Sanitation, dispensaries and jails vaccination Rajputana 1922-1927 - 1922-1927
Year: 1922
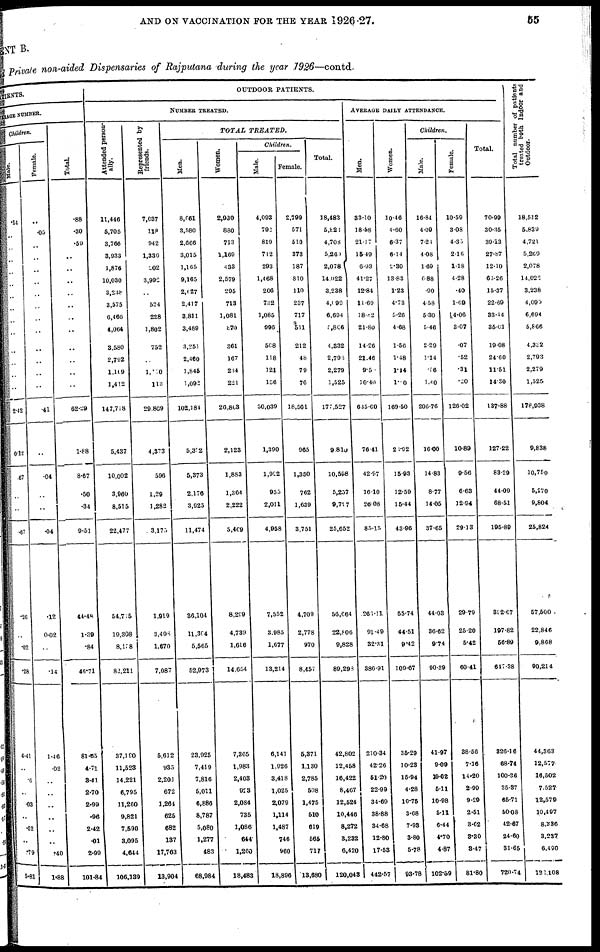
AND ON VACCINATION FOR THE YEAR 1926-27.
55
MENT B
and private non-aided Dispensaries of Rajputana during the year 1926—contd.
PATIENTS.
AVERAGE NUMBER.
Children.
Male.
.14
..
..
..
..
..
..
..
..
..
..
..
..
2.12
0.12
.67
..
..
.67
.26
..
.02
.28
4.41
..
.6
..
.03
..
.52
..
.79
5.81
Female.
..
.05
..
..
..
..
..
..
..
..
..
..
..
..
.41
..
.04
..
..
.04
.12
0.02
..
.14
1.46
.02
..
..
..
..
..
..
.40
1.88
Total.
.88
.30
.59
..
..
..
..
..
..
..
..
..
..
..
62.29
1.88
8.67
.50
.34
9.51
44.48
1.39
.84
40.71
81.05
4.71
3.41
2.70
2.99
.96
2.42
.01
2.99
101.84
OUTDOOR PATIENTS.
NUMBER TREATED.
Attended person-
ally.
11,446
5,705
3,766
3,933
1,876
10,030
3,238
3,575
6,466
4,064
3,580
2,792
1,169
1,412
147,718
5,437
10,002
3,960
8,515
22,477
54,755
19,308
8,158
82,211
37,190
11,523
14,221
6,795
11,260
9,821
7,590
3,095
4,644
106,139
Represented by
friends.
7,037
118
942
1,336
502
3,992
..
524
228
1,802
752
..
1,110
113
29,869
4,373
596
1,29
1,282
3,173
1,919
3,498
1,670
7,087
5,612
935
2,201
672
1,264
625
682
137
17,763
13,904
TOTAL
TREATED.
Men.
8,061
3,580
2,666
3,015
1,165
9,165
2,627
2,417
3,811
3,489
3,251
2,460
1,845
1,092
102,184
5,322
5,373
2,176
3,925
11,474
36,104
11,304
5,565
52,973
23,925
7,419
7,816
5,011
6,886
8,787
5,080
1,277
483
68,984
Women.
2,930
880
713
1,169
4,33
2,579
295
713
1,081
870
361
167
234
221
20,803
2,123
1,883
1,364
2,222
5,409
8,299
4,739
1,616
14,654
7,365
1,983
2,403
923
2,084
735
1,086
644
1,260
18,483
Children.
Male.
4,093
792
819
712
293
1,468
206
732
1,085
996
508
118
121
136
30,039
1,390
1,992
955
2,011
4,958
7,552
3,985
1,677
13,214
6,141
1,926
3,418
1,025
2,079
1,114
1,487
746
960
18,896
Female.
2,799
571
510
373
187
810
110
237
717
511
212
48
79
76
18,501
965
1,350
762
1,639
3,751
4,709
2,778
970
8,457
5,371
1,130
2,785
508
1,475
510
619
565
717
13,680
Total.
18,483
5,823
4,703
5,260
2,078
14,022
3,238
4,090
6,694
5,866
4,332
2,793
2,279
1,525
177,527
9,810
10,598
5,257
9,797
25,652
56,664
22,806
9,828
89,298
42,802
12,458
16,422
8,407
12,624
10,446
8,272
3,232
6,420
120,043
AVERAGE DAILY ATTENDANCE.
Men.
33.10
18.58
21.17
15.49
6.03
41.27
12.84
11.69
18.82
21.80
14.26
21.46
9.50
10.40
635.60
76.41
42.97
16.10
26.08
85.15
263.11
91.49
32.31
386.91
210.34
42.26
51.20
22.99
34.69
38.88
34.68
12.80
17.53
442.57
Women.
10.46
4.60
6.37
6.14
2.30
13.83
1.23
4.73
5.26
4.68
1.56
1.48
1.14
1.10
160.50
20.92
15.93
12.59
15.44
43.96
55.74
44.51
9.42
109.67
35.29
10.28
15.94
4.28
10.75
3.68
7.98
3.80
5.78
93.78
Children.
Male.
16.84
4.09
7.24
4.08
1.69
6.88
.90
4.58
5.30
5.46
2.29
1.14
.56
1.40
206.76
16.00
14.83
8.77
14.05
37.65
44.03
36.62
9.74
90.39
41.97
9.09
19.02
5.11
10.98
5.11
6.44
4.70
4.87
102.59
Female.
10.59
3.08
4.35
2.16
1.18
4.28
.40
1.69
14.06
3.07
.07
.52
.31
.20
126.02
10.89
9.56
6.63
12.94
29.13
29.79
25.20
5.42
60.41
38.56
7.16
14.20
2.99
9.29
2.51
3.62
3.30
3.47
81.80
Total.
70.99
30.35
39.13
27.87
12.10
63.26
15.37
22.69
33.44
36.01
19.08
24.60
11.51
14.30
137.88
127.22
83.29
44.09
68.51
195.89
352.67
197.82
56.89
617.38
326.16
68.74
100.86
35.37
65.71
50.08
42.67
24.60
31.65
720.74
Total number of patients
treated both Indoor and
Outdoor.
18,512
5,839
4,721
5,269
2,078
14,022
3,238
4,090
6,694
5,866
4,332
2,793
2,279
1,525
178,938
9,838
10,750
5,270
9,804
25,824
57,500
22,846
9,868
90,214
44,363
12,577
16,502
7,527
12,579
10,497
8,380
3,287
6,400
122,108